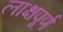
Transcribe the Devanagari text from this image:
लाक्षपूर्ण